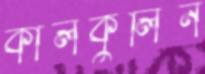
কালকুলিন